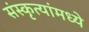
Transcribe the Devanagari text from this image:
संस्कृत्यांमध्ये